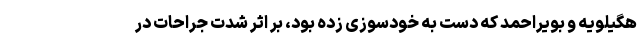
هگیلویه و بویراحمد که دست به خودسوزی زده بود، بر اثر شدت جراحات در